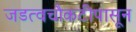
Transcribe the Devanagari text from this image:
जडत्वचौकटीपासून